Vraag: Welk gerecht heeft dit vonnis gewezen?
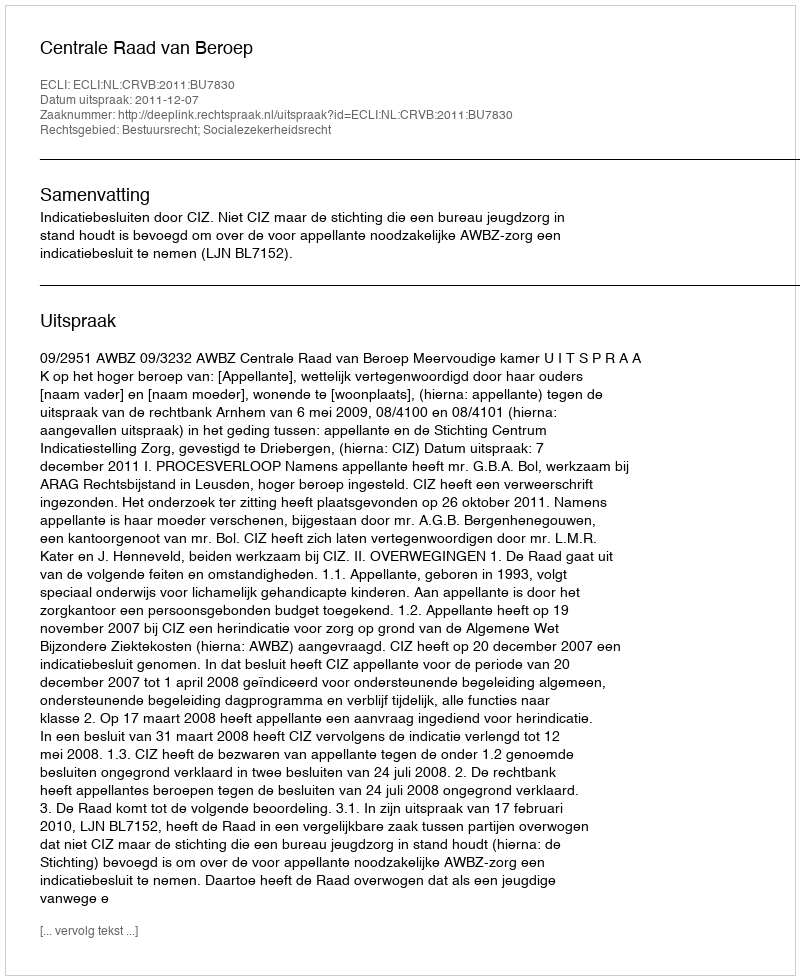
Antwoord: Centrale Raad van Beroep